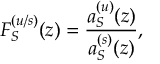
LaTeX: F _ { S } ^ { ( u / s ) } ( z ) = \frac { a _ { S } ^ { ( u ) } ( z ) } { a _ { S } ^ { ( s ) } ( z ) } ,